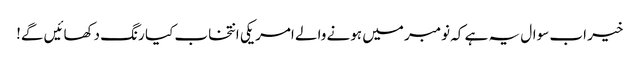
خیر اب سوال یہ ہے کہ نومبر میں ہونے والے امریکی انتخاب کیا رنگ دکھائیں گے!